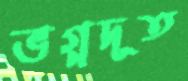
ভগ্নদূত